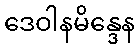
ဒေဝါနမိန္ဒေန